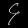
Digit: ၄